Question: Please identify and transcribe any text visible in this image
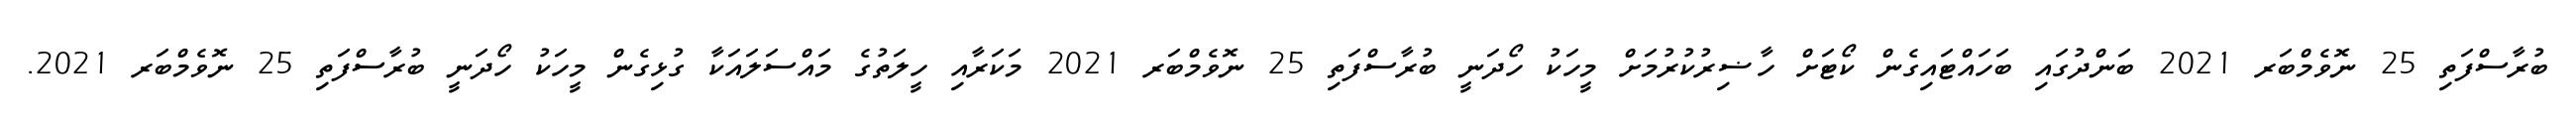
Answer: ބުރާސްފަތި 25 ނޮވެމްބަރ 2021 ބަންދުގައި ބަހައްޓައިގެން ކޯޓަށް ހާޟިރުކުރުމަށް މީހަކު ހޯދަނީ ބުރާސްފަތި 25 ނޮވެމްބަރ 2021 މަކަރާއި ހީލަތުގެ މައްސަލައަކާ ގުޅިގެން މީހަކު ހޯދަނީ ބުރާސްފަތި 25 ނޮވެމްބަރ 2021.